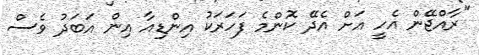
"ރާއްޖޭން އެހީ އަށް އެދޭ ކޮންމެ ފަހަރަކު އިންޑިއާ އިން އަބަދު ވެސް